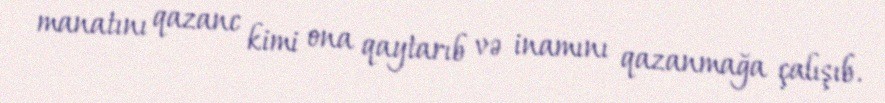
manatını qazanc kimi ona qaytarıb və inamını qazanmağa çalışıb.